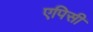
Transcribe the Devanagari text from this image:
एपिसी